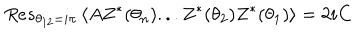
R e s _ { \theta _ { 1 2 } = i \pi } \left\langle A Z ^ { \ast } ( \theta _ { n } ) . . . Z ^ { \ast } ( \theta _ { 2 } ) Z ^ { \ast } ( \theta _ { 1 } ) \right\rangle = 2 i \mathbf { C }